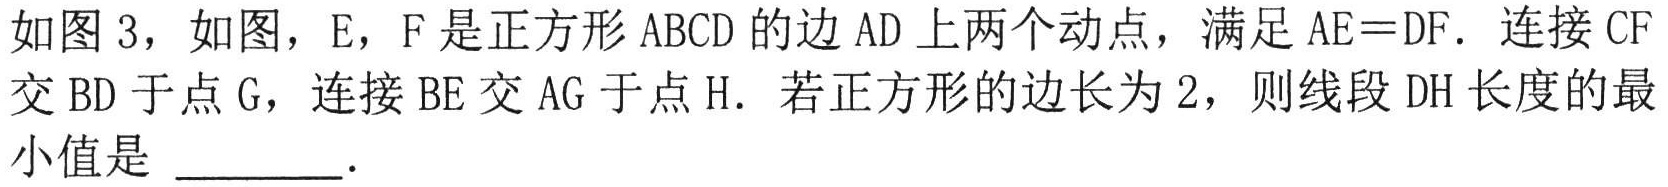
如图 3，如图，E，F 是正方形 ABCD 的边 AD 上两个动点，满足 \(AE = DF\). 连接 CF 交 BD 于点 G，连接 BE 交 AG 于点 H. 若正方形的边长为 2，则线段 DH 长度的最小值是 \_\_\_\_\_ .